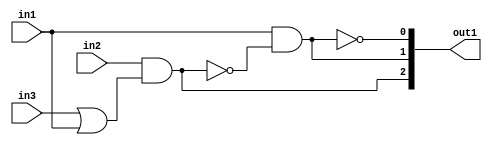
`timescale 1ps / 1ps
/*****************************************************************************
    Verilog RTL Description
    
    
    Created by: Stratus DpOpt 21.05.01 
*******************************************************************************/

module dut_gen_busy_r_1 (
	in1,
	in2,
	in3,
	out1
	); /* architecture "behavioural" */ 
input  in1,
	in2,
	in3;
output [2:0] out1;
wire  asc003,
	asc004,
	asc006,
	asc008,
	asc010;
wire [2:0] asc011;

assign asc004 = 
	(in3)
	|(in1);

assign asc003 = 
	(in2)
	&(asc004);

assign asc008 = 
	((~asc003));

assign asc006 = 
	(in1)
	&(asc008);

assign asc010 = 
	((~asc006));

assign asc011 = {asc003,asc006,asc010};

assign out1 = asc011;
endmodule

/* CADENCE  uLn2QwA= : u9/ySxbfrwZIxEzHVQQV8Q== ** DO NOT EDIT THIS LINE ******/